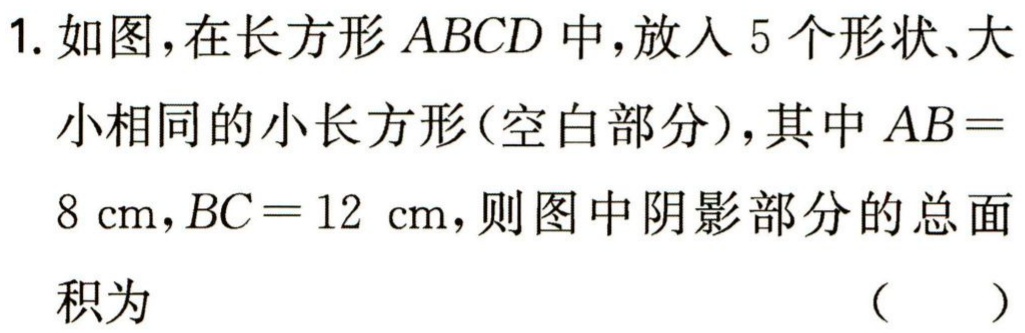
1. 如图，在长方形\(ABCD\)中，放入\(5\)个形状、大
小相同的小长方形(空白部分)，其中\(AB = \)
\(8\ \mathrm{cm},BC = 12\ \mathrm{cm}\)，则图中阴影部分的总面
积为 （  ）